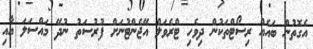
އެގޮތުން ބައެއް ރިސޯޓްތަކުން ދިވެހި ޓްރެވަލް އޭޖެންޓުނަށް ފުރުސަތު ނުދޭ މައްސަލަ އާއި